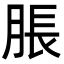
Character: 脹